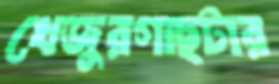
খেজুরগাছটার